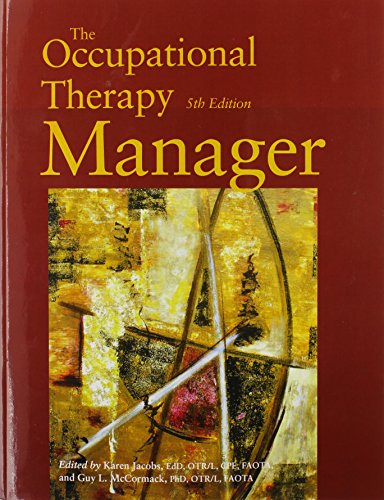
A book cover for The Occupational Therapy Manager; Karen Jacobs; Medical Books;